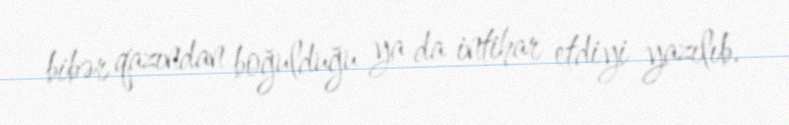
bibər qazından boğulduğu ya da intihar etdiyi yazılıb.